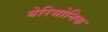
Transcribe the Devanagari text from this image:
बेरियोनिक